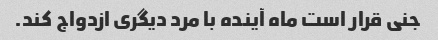
جنی قرار است ماه آینده با مرد دیگری ازدواج کند.